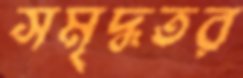
সমৃদ্ধতর